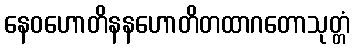
နေဝဟောတိနနဟောတိတထာဂတောသုတ္တံ